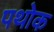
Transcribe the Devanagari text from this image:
पथोक